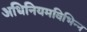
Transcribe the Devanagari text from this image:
अधिनियमविभिन्न